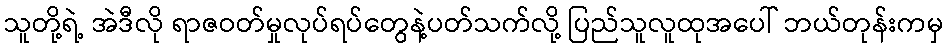
သူတို့ရဲ့ အဲဒီလို ရာဇဝတ်မှုလုပ်ရပ်တွေနဲ့ပတ်သက်လို့ ပြည်သူလူထုအပေါ် ဘယ်တုန်းကမှ